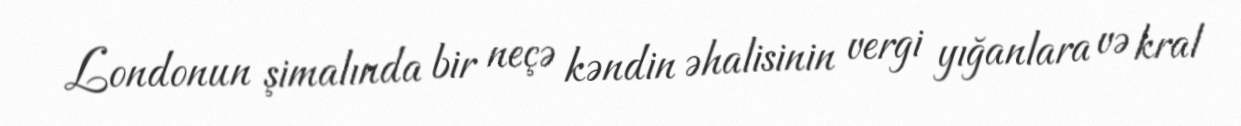
Londonun şimalında bir neçə kəndin əhalisinin vergi yığanlara və kral